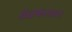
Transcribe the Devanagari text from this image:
मेक्फरसन